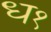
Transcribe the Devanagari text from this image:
ध१